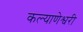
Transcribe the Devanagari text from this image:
कल्याणेश्वरी